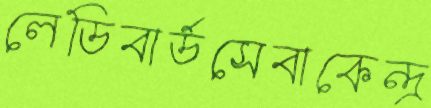
লেডিবার্ডসেবাকেন্দ্র